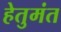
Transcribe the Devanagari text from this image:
हेतुमंत